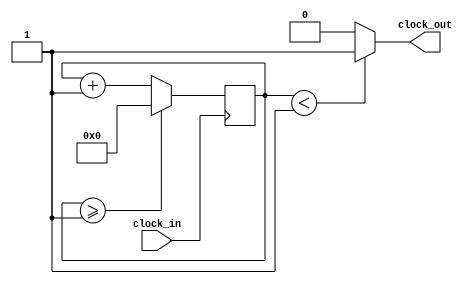
`timescale 1ns / 1ps

module Clock_divider_sub #(parameter DIVISOR=2) (

input clock_in,
//input [1:0] sel,
//output reg out,
output wire clock_out
    );
    
 reg[31:0] counter=32'd0;
 
 
assign clock_out = (counter<DIVISOR/2) ? 1'b1:1'b0;

 always @ (posedge clock_in)
 begin
  counter <=counter+1;
  if(counter>=(DIVISOR-1)) begin
   counter <=0; end
  
 end
endmodule